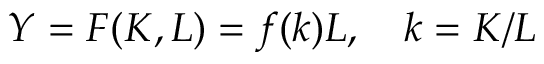
Y = F ( K , L ) = f ( k ) L , \quad k = K / L